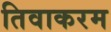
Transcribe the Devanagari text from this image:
तिवाकरम